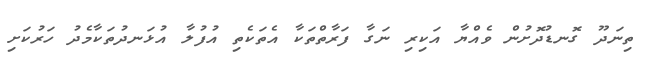
ތިނަދޫ ގޮނޑުދޮށުން ވެއްޔާ އަކިރި ނަގާ ފަރާތްތަކާ އެތަކެތި އުފުލާ އުޅަނދުތަކާމެދު ހަރުކަށި